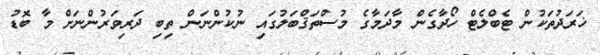
ޚަރަދުތަކުން ޓެބްލެޓް ހޯދާގެން މާދަމާގެ މުސްތަޤްބަލުގައި ނުކުންނަން ތިބި ދަރިވަރުންނަށް މާ ބޮޑު